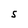
Character: S